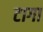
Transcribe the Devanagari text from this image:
टागा